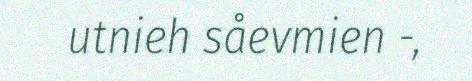
utnieh såevmien -,